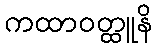
ကထာဝတ္ထူနိ